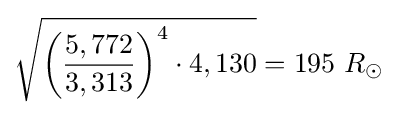
{\sqrt {{\biggl (}{\frac {5,772}{3,313}}{\biggr )}^{4}\cdot 4,130}}=195\ R_{\odot }